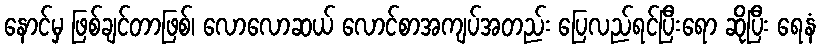
နောင်မှ ဖြစ်ချင်တာဖြစ်၊ လောလောဆယ် လောင်စာအကျပ်အတည်း ပြေလည်ရင်ပြီးရော ဆိုပြီး ရေနံ